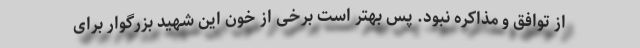
از توافق و مذاکره نبود. پس بهتر است برخی از خون این شهید بزرگوار برای